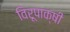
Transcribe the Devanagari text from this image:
विरूपाक्षी